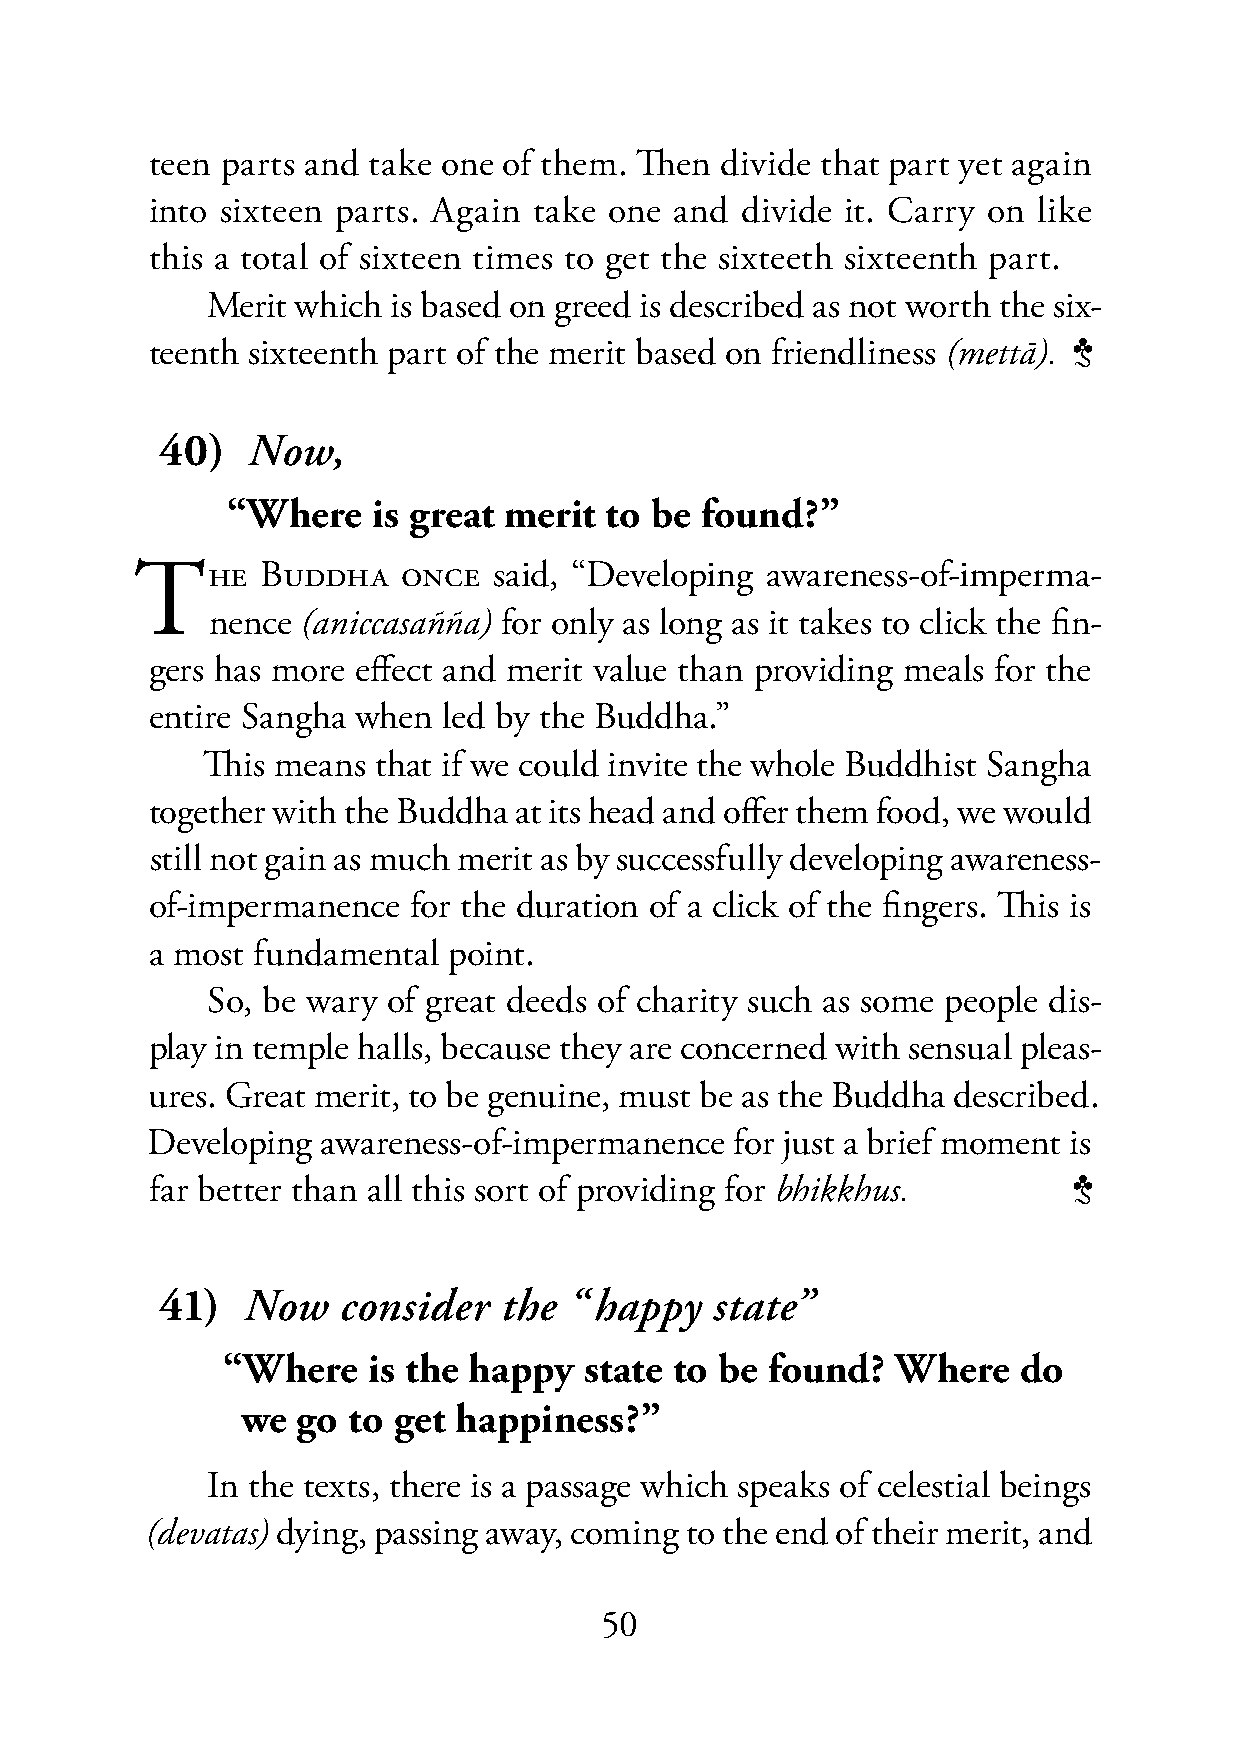
teen parts and take one of them. Then divide that part yet again
 into sixteen parts. Again take one and divide it. Carry on like
 this a total of sixteen times to get the sixteeth sixteenth part.
 Merit which is based on greed is described as not worth the six-
 teenth sixteenth part of the merit based on friendliness (mettā). 3
 40)  Now,
 40)  “Where    is great merit to be found?”
 THE     BUDDHA    ONCE  said, “Developing awareness-of-imperma-
 nence (aniccasañña) for only as long as it takes to click the fin-
 gers has more effect and merit value than providing meals for the
 entire Sangha when led by the Buddha.”
 This means  that if we could invite the whole Buddhist Sangha
 together with the Buddha at its head and offer them food, we would
 still not gain as much merit as by successfully developing awareness-
 of-impermanence  for the duration of a click of the fingers. This is
 a most fundamental  point.
 So, be wary of great deeds of charity such as some people dis-
 play in temple halls, because they are concerned with sensual pleas-
 ures. Great merit, to be genuine, must be as the Buddha described.
 Developing awareness-of-impermanence   for just a brief moment is
 far better than all this sort of providing for bhikkhus.     3
 41)  Now    consider  the  “happy   state”
 41)  “Where   is the happy   state to be found?  Where   do
 we  go to get happiness?”
 In the texts, there is a passage which speaks of celestial beings
 (devatas) dying, passing away, coming to the end of their merit, and
 50